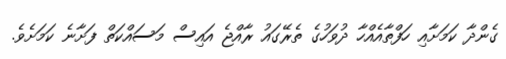
ގެންދާ ކަމަށާއި ހަފްތާއެއްހާ ދުވަހުގެ ތެރޭގައު ރާއްޖެ އައިސް މަސައްކަތް ފަށާނެ ކަމަށެވެ.